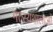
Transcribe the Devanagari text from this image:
मत्स्यशालाओं